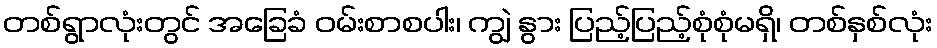
တစ်ရွာလုံးတွင် အခြေခံ ဝမ်းစာစပါး၊ ကျွဲ နွား ပြည့်ပြည့်စုံစုံမရှိ၊ တစ်နှစ်လုံး